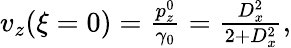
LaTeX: \begin{array}{r}{v_{z}(\xi=0)=\frac{p_{z}^{0}}{\gamma_{0}}=\frac{D_{x}^{2}}{2+D_{x}^{2}},}\end{array}